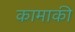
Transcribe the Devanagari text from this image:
कामाकी